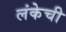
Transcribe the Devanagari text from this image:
लंकेची